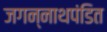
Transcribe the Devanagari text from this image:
जगन्नाथपंडित